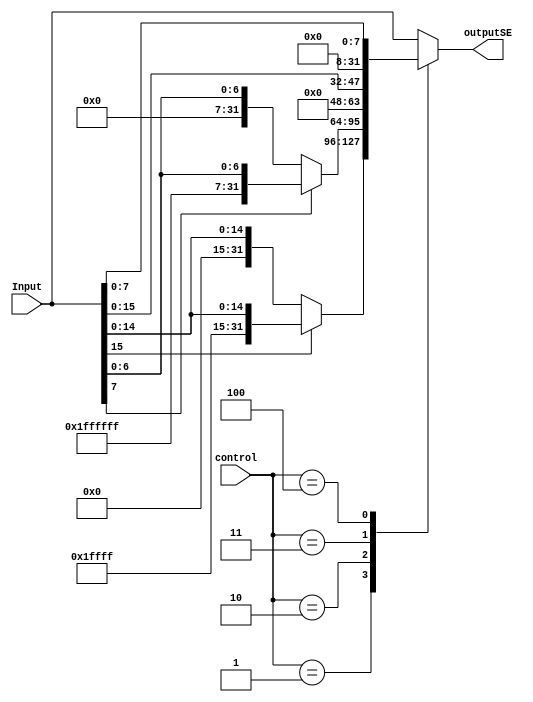
module SignExtend
#(
	parameter DATA_WIDTH = 32
)(
	input [DATA_WIDTH -1:0] Input,
	input [2:0] control,
	output reg [DATA_WIDTH -1:0] outputSE
);


	always @ ( * ) begin
		case (control)
			1:begin //Sign extends halfword to word
				outputSE = (Input[15])? {16'hffff,Input[15:0]} : {16'h0, Input[15:0]};
			end
			2:begin //Sign extends byte to word
				outputSE = (Input[7])? {24'hffffff, Input[7:0]} : {24'h0, Input[7:0]};
			end
			3:begin//Zero extends halfword
				outputSE = {16'h0, Input[15:0]};
			end
			4:begin///Zero extends byte
				outputSE = {24'h0, Input[7:0]};
			end
			default:begin
				outputSE = Input;
			end
		endcase
	end

endmodule